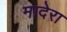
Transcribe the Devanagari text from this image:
मादेरा